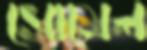
সোমেল